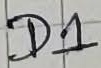
Text: D1